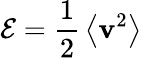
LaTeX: {\cal E}={\frac{1}{2}}\left\langle\mathbf{v}^{2}\right\rangle